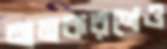
নামকরণেও